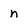
Character: n